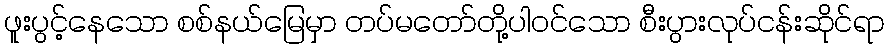
ဖူးပွင့်နေသော စစ်နယ်မြေမှာ တပ်မတော်တို့ပါဝင်သော စီးပွားလုပ်ငန်းဆိုင်ရာ